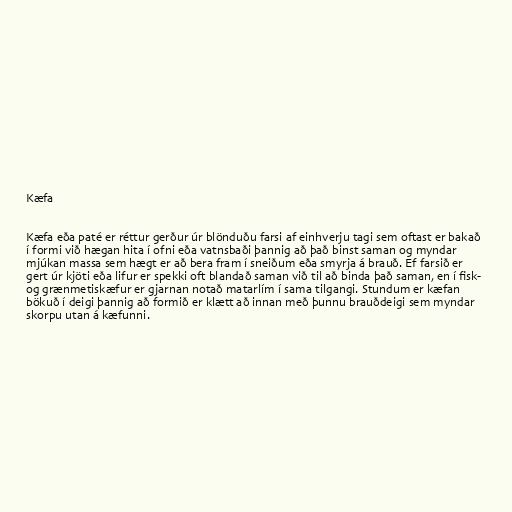
Kæfa

Kæfa eða paté er réttur gerður úr blönduðu farsi af einhverju tagi sem oftast er bakað
í formi við hægan hita í ofni eða vatnsbaði þannig að það binst saman og myndar
mjúkan massa sem hægt er að bera fram í sneiðum eða smyrja á brauð. Ef farsið er
gert úr kjöti eða lifur er spekki oft blandað saman við til að binda það saman, en í fisk-
og grænmetiskæfur er gjarnan notað matarlím í sama tilgangi. Stundum er kæfan
bökuð í deigi þannig að formið er klætt að innan með þunnu brauðdeigi sem myndar
skorpu utan á kæfunni.